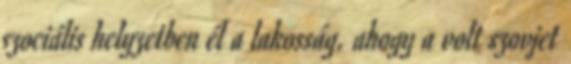
szociális helyzetben él a lakosság. ahogy a volt szovjet